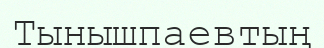
Тынышпаевтың